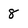
Character: 8